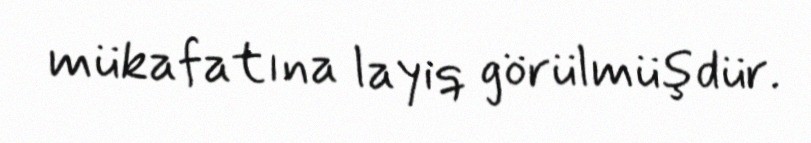
mükafatına layiq görülmüşdür.